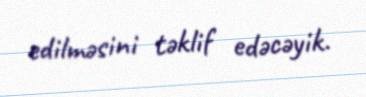
edilməsini təklif edəcəyik.